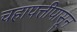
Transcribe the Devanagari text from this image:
चहापत्तीपासून